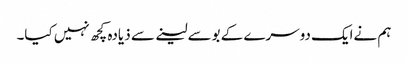
ہم نےایک دوسرے کے بوسےلینے سے ذیادہ کچھ نہیں کیا۔